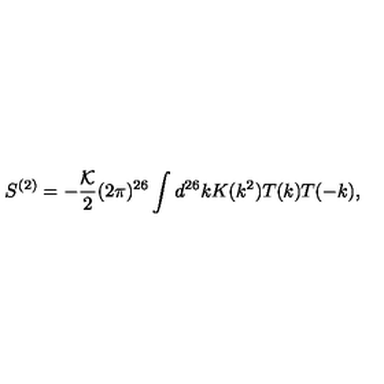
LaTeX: S ^ { ( 2 ) } = - \frac { \cal K } { 2 } ( 2 \pi ) ^ { 2 6 } \int d ^ { 2 6 } k K ( k ^ { 2 } ) T ( k ) T ( - k ) ,